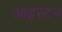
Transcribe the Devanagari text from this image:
आइंस्टन